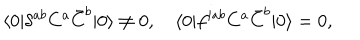
\langle 0 | \delta ^ { a b } C ^ { a } \bar { C } ^ { b } | 0 \rangle \not = 0 , \quad \langle 0 | f ^ { i a b } C ^ { a } \bar { C } ^ { b } | 0 \rangle = 0 ,